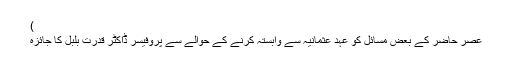
)
عصر حاضر کے بعض مسائل کو عہدِ عثمانیہ سے وابستہ کرنے کے حوالے سے پروفیسر ڈاکٹر قدرت بلبل کا جائزہ